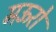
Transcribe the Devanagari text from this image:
मऊरो